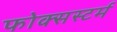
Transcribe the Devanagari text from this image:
फोक्सस्टर्म